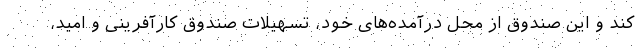
کند و این صندوق از محل درآمده‌های خود، تسهیلات صندوق کارآفرینی و امید،